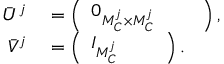
\begin{array} { r l } { \bar { U } ^ { j } } & { { } = \left( \begin{array} { l l l } { 0 _ { M _ { C } ^ { j } \times M _ { C } ^ { j } } } & { } & { } \end{array} \right) , } \\ { \bar { V } ^ { j } } & { { } = \left( \begin{array} { l l l } { I _ { M _ { C } ^ { j } } } & { } & { } \end{array} \right) . } \end{array}